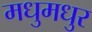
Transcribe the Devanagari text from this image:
मधुमधुर